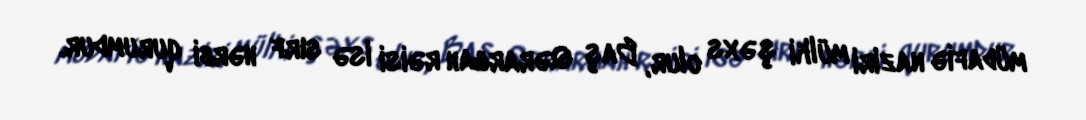
müdafiə naziri mülki şəxs olur, Baş Qərargah rəisi isə sırf hərbi qurumdur.